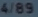
4/89